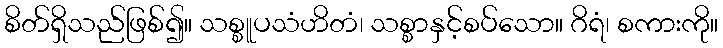
စိတ်ရှိသည်ဖြစ်၍။ သစ္စူပသံဟိတံ၊ သစ္စာနှင့်စပ်သော။ ဂိရံ၊ စကားကို။